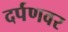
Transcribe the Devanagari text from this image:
दर्पणवर